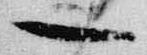
一